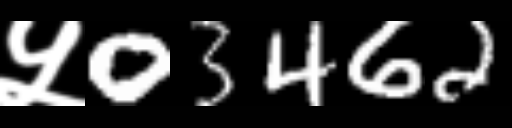
Text: ५03462